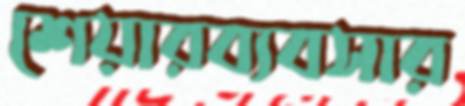
শেয়ারব্যবসার